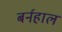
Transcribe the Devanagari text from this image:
बर्नहाल